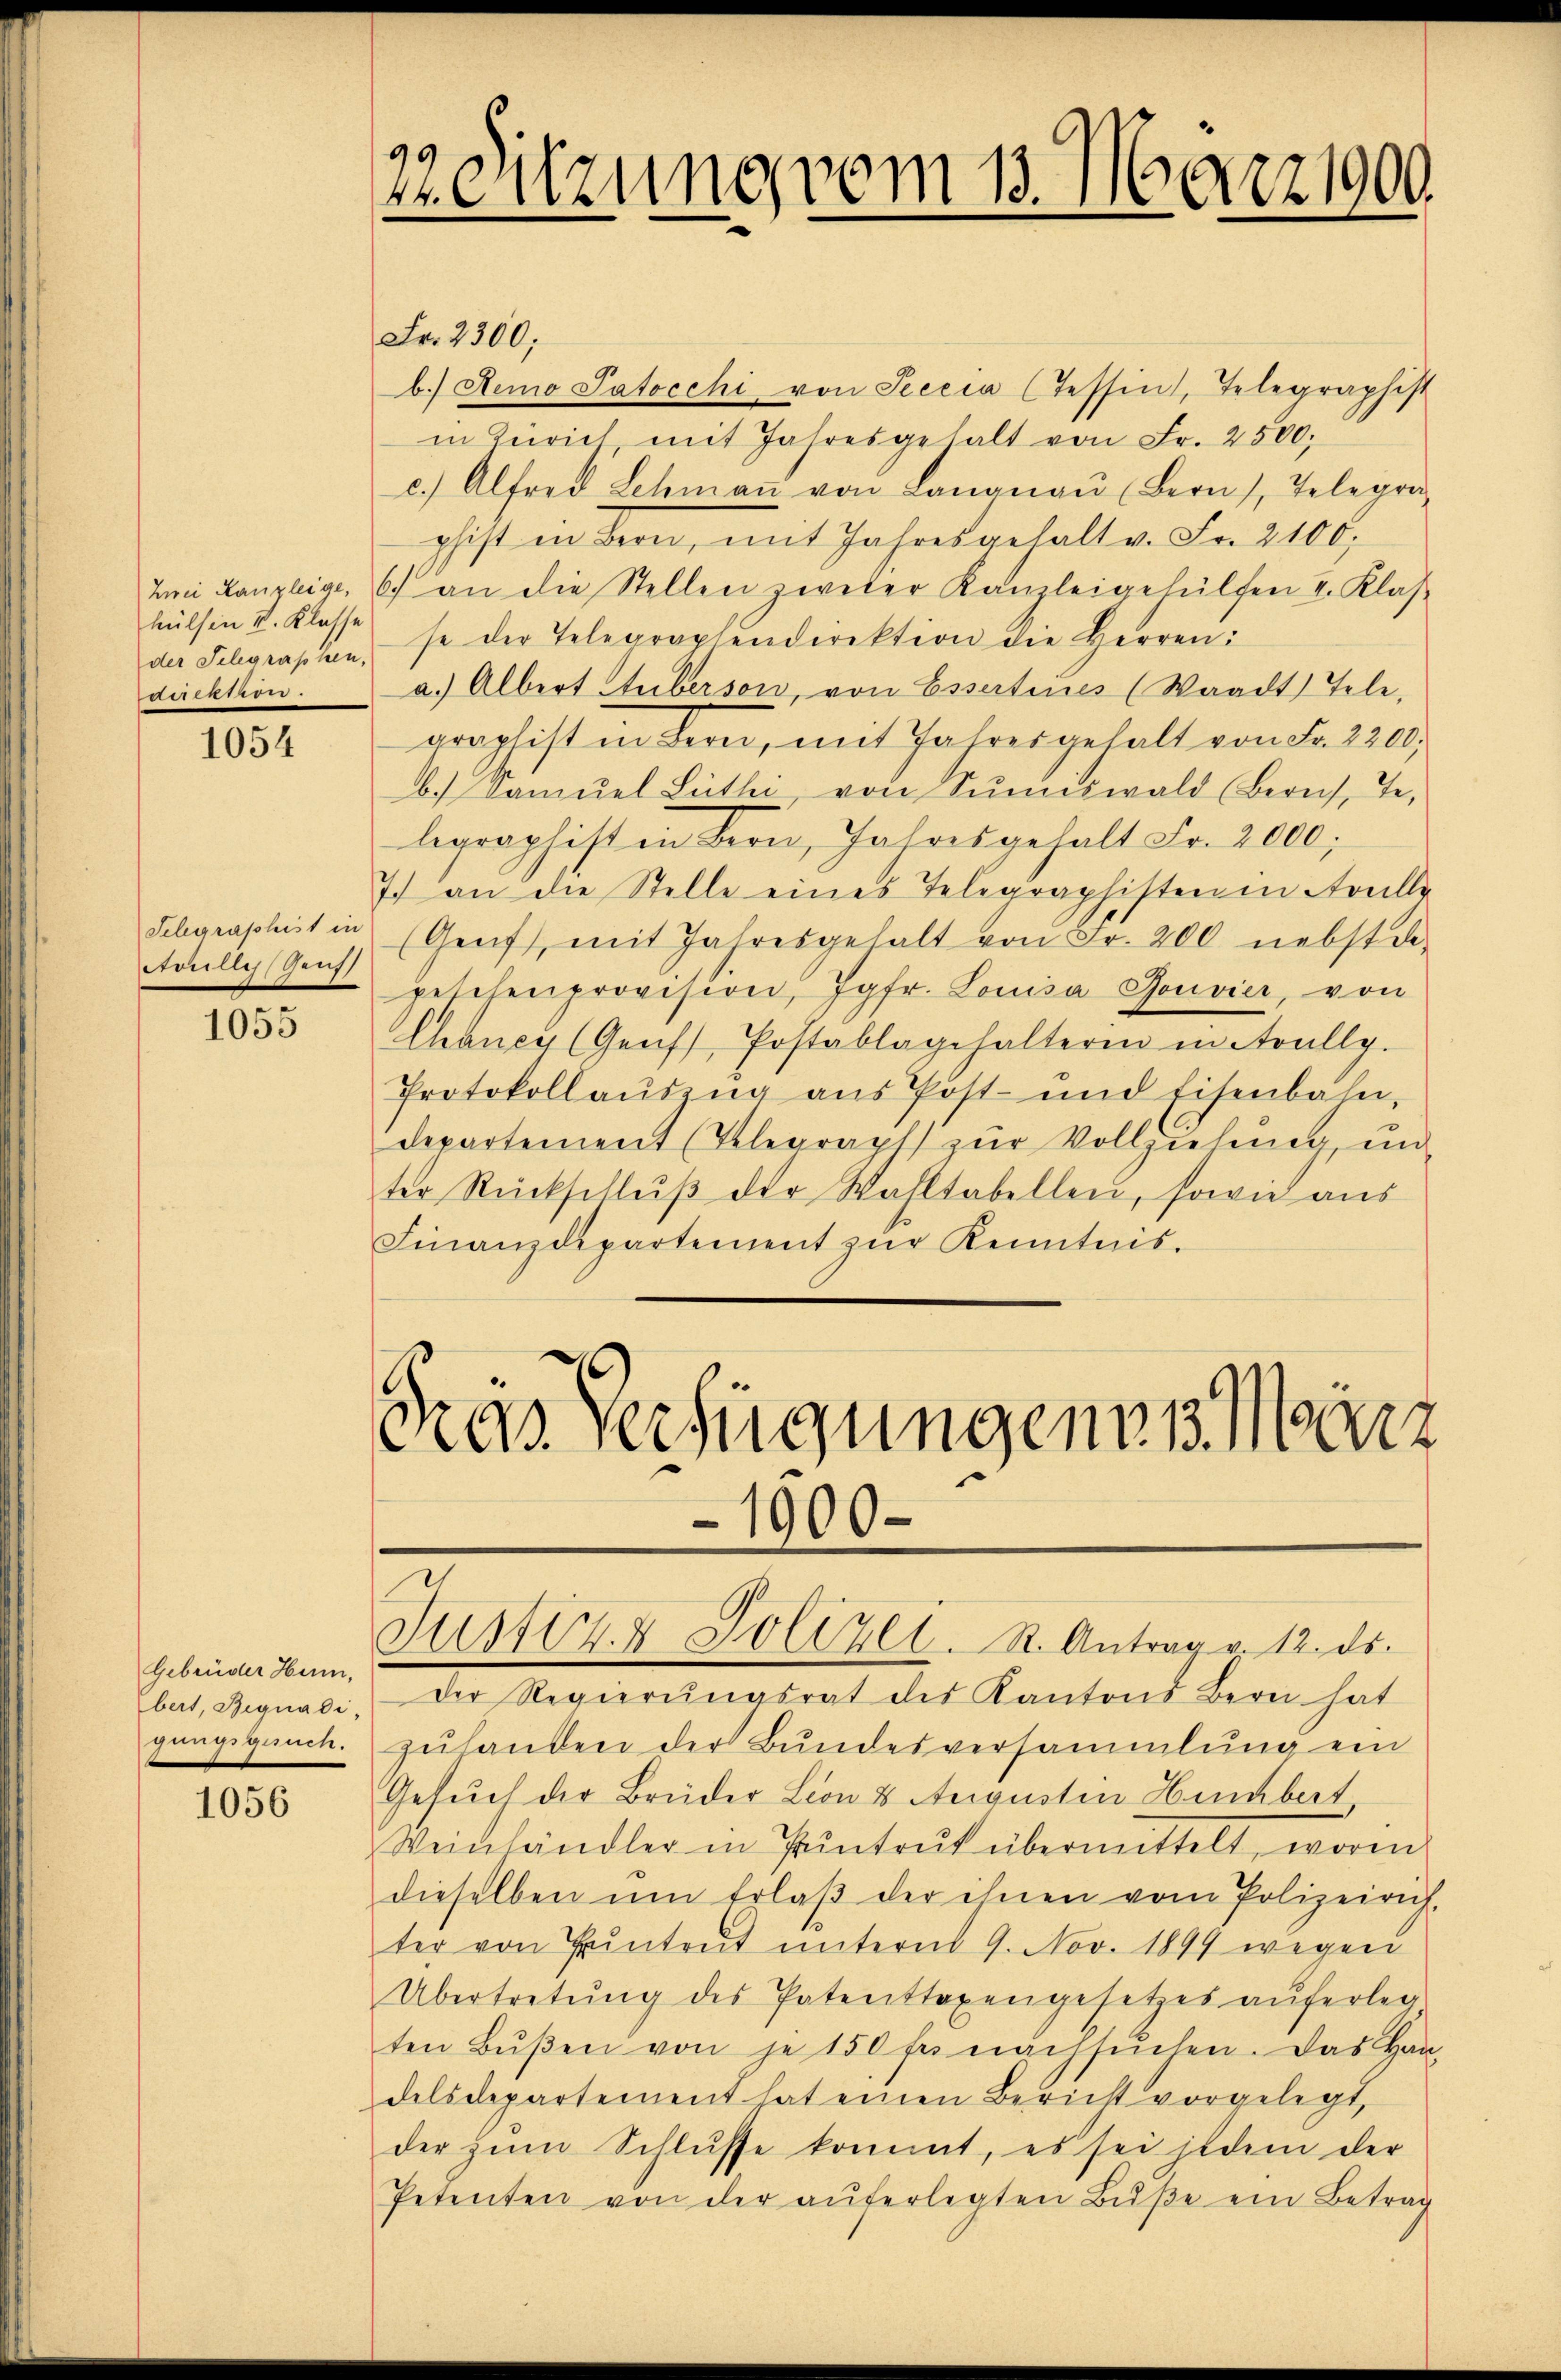
hülsen II. Klasse
der Telegraphen,
dacken.

1054

Schgraphist in
Avrilly (Genf

1055

Gebrüder Hum,
bert, Begnadi,
gungsgesuch.

1056

22. Sitzung vom 13. März 1900.

Gras Verfügungenes Merz
1900.
Justiz & Polizei. R. Antrag v. 12. ds.

Fr. 2300;
b.) Demo Patocchi von Seccia (Tessin, Telegraphist
in Zürich mit Jahresgehalt von Fr. 2500.
c.) Alfred Schmaṅ von Langnau (Bern, Telegra
phist in Bern, mit Jahresgehalt v. Fr. 2100.
ven Kanzleige, 6) an die Stellen zweier Kanzleigehülfen I. Klas-
se der Telegraphendirektion die Herren:
a.) Albert Tuberson, von Essertines (Waadt, Tele,
graphist in Bern, mit Jahresgehalt von Fr. 2200.
b.) Samŭel Lüthi, von Sŭmiswald (Berecht, Te
legraphist in Bern, Jahresgehalt Fr. 2000;
7) an die Stelle eines Telegraphisten in Avully
(Genf), mit Jahresgehalt von Fr. 200 nebstel-
peschenprovision, Jgfr. Louisa Bouvier, von
Chancy (Genf, Postablagehalteren in Avully.
Protokollauszug aus Post- und Eisenbahn,
departement (Telegraph zŭr Vollziehŭng ŭn
ter Rückschlŭβ der Wahltabellen, sowie aus
Finanzdepartement zŭr Kenntnis.

der Regierungsrat des Kantons Bern hat
zuhanden der Bundesversammlung ein
Gesŭch der Brüder Leon 8 Augustin Hubert
Weinhändler in Pintrut übermittelt, worin
dieselben ŭm Erlaβ der ihnen vom Polizeirich-
ter von Pŭntrŭt ŭnterm 9. Nov. 1899 wegen
Übertretŭng des Patenttaxengesetzes aŭferleg
ten Bŭβen von je 150 fr nachsuchen. Das Han-
delsdepartement hat einen Bericht vorgelegt,
der zŭm Schlŭsse kommt, es sei jedem der
Petenten von der aŭferlegten Bŭβe ein Betrag